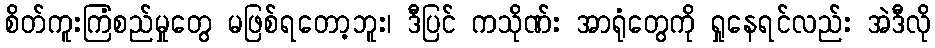
စိတ်ကူးကြံစည်မှုတွေ မဖြစ်ရတော့ဘူး၊ ဒီပြင် ကသိုဏ်း အာရုံတွေကို ရှုနေရင်လည်း အဲဒီလို